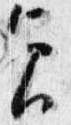
貞